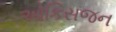
ઓકિસજન